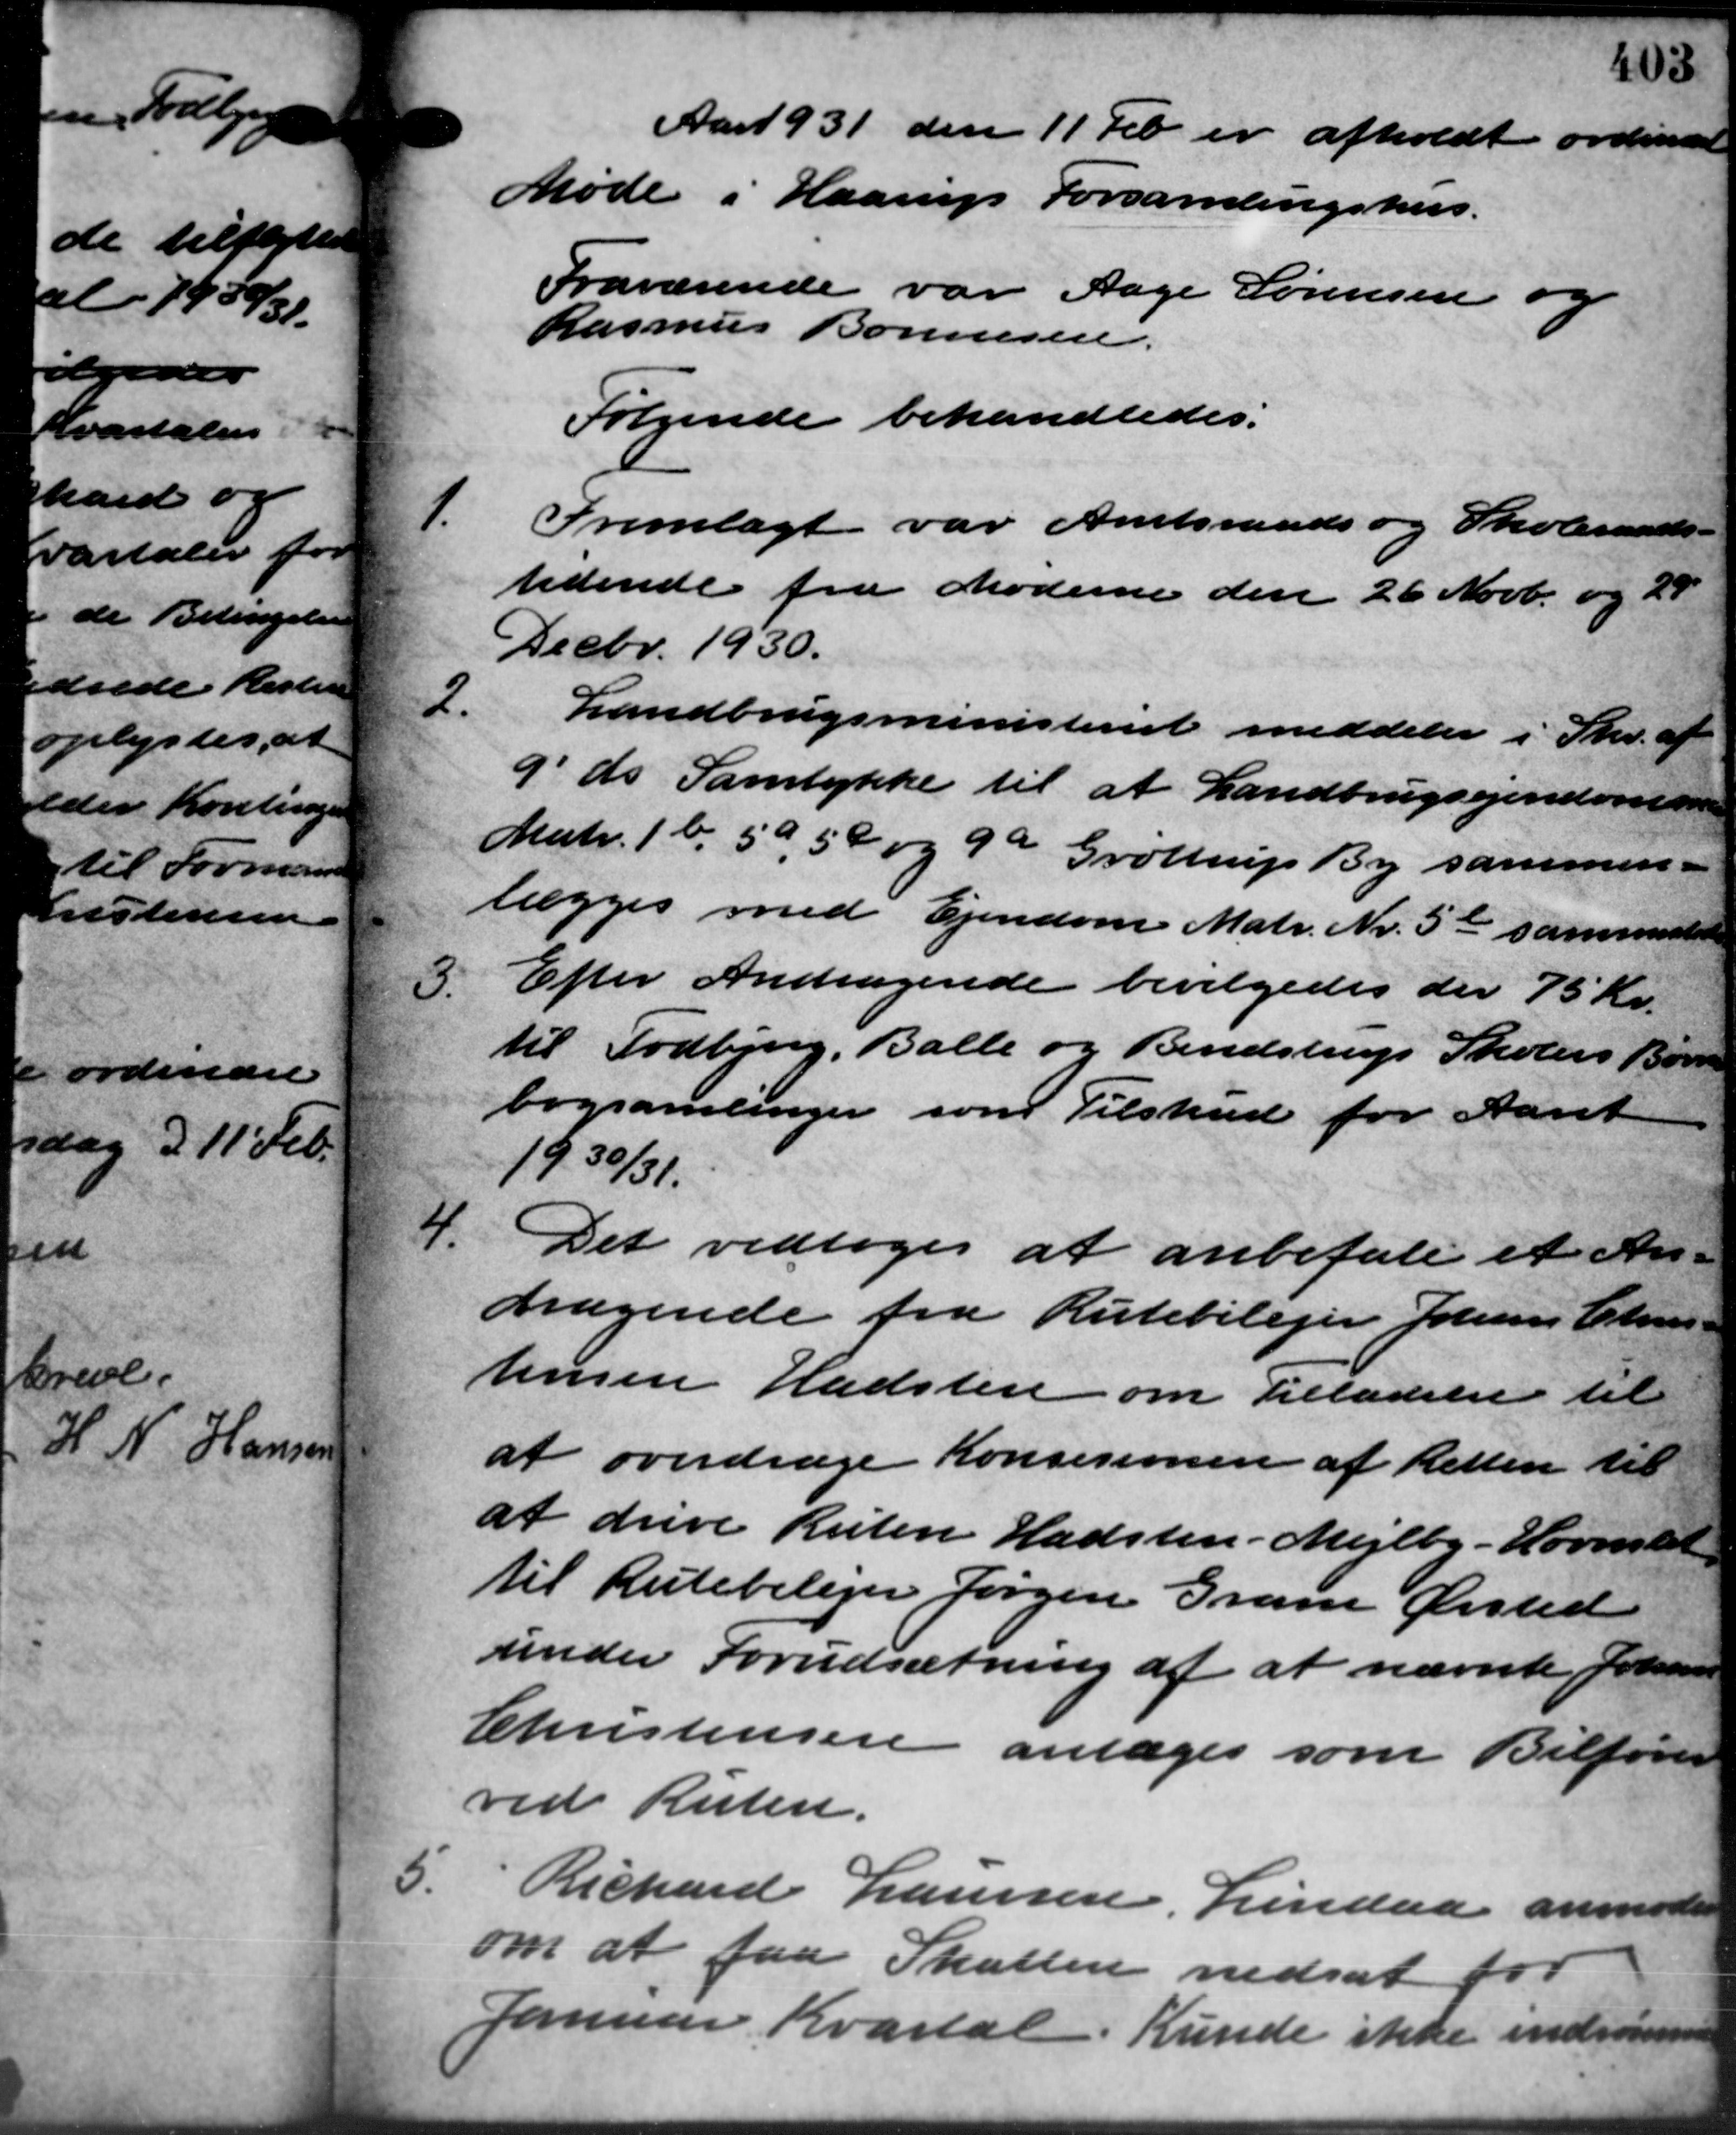
Transskription:
Aart 931 den 11 Feb. er afholdt ordinært
Møde i Haarup Forsamlingshus.
Fraværende var Aage Sørensen og
Rasmus Bonnesen.
Følgende behandledes:
1.
Fremlagt var Amtsraads og Skoleraads –
tidende fra Møderne den 26 Novb. og 28
Decbr. 1930.
2.
Landbrugsministeriet meddeler i Skr. af
9´ds. Samtykke til at Landbrugsejendommen
Matr. 1b, 50, 59 og 9a Grøttrup By sammen –
lægges med Ejendom Matr. Nr. 5a sammesede
3.
Efter Andragende bevilgedes der 75 Kr.
til Todbjerg, Balle og Bendstrup Skolers Børne
bogsamlinger som Tilskud for Aaret
1930/31.
4.
Det vedtoges at anbefale et An-
dragende fra Rutebilejer Johans Chris
Jensen Hadsten om Tilladelse til
at overdrage Konsisionen af Retten til
at drive Ruten Hadsten -Mejlby - Hornslet
til Rutebilejer Jørgen Gran Ørsted
under Forudsætning af at nævnte Johannes
Christensen antages som Bilfører
ved Risten.
5.
Richard Laursen, Lindaa anmoder
om at faa Skatten nedsat for
Januar Kvartal. Kunde ikke indrømmer